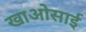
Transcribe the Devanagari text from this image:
खाओसाई